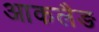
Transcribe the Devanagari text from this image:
आकलैङ